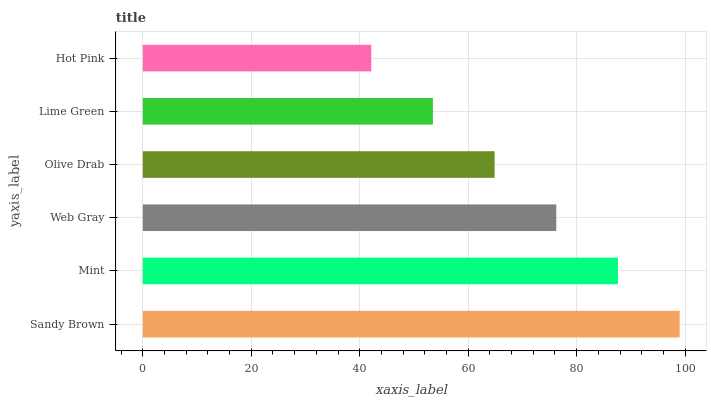
| yaxis_label | bars |
 | --- | --- |
 | Sandy Brown | 99 |
 | Mint | 87.6 |
 | Web Gray | 76.3 |
 | Olive Drab | 64.9 |
 | Lime Green | 53.5 |
 | Hot Pink | 42.1 |